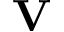
\mathbf { V }